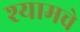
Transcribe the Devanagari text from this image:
श्यामचे